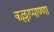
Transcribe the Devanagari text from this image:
कल्लाप्पाण्णा